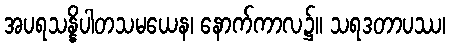
အပရသန္နိပါတသမယေန၊ နောက်ကာလ၌။ သရဒတာပဿ၊